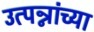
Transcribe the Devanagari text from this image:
उत्पन्नांच्या